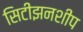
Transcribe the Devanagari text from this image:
सिटीझनशीप